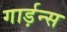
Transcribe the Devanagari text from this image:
गार्ड़न्स